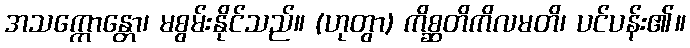
အသက္ကောန္တော၊ မစွမ်းနိုင်သည်။ (ဟုတွာ) ကိစ္ဆတိကိလမတိ၊ ပင်ပန်း၏။